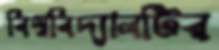
বিশ্ববিদ্যালটির